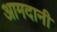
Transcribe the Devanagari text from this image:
आमदानी